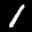
Label: 1